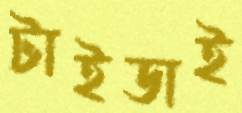
টাইডাই